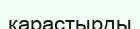
карастырды